Report of the Indian Hemp Drugs Commission, 1894-1895 - Volume II
Year: 1894
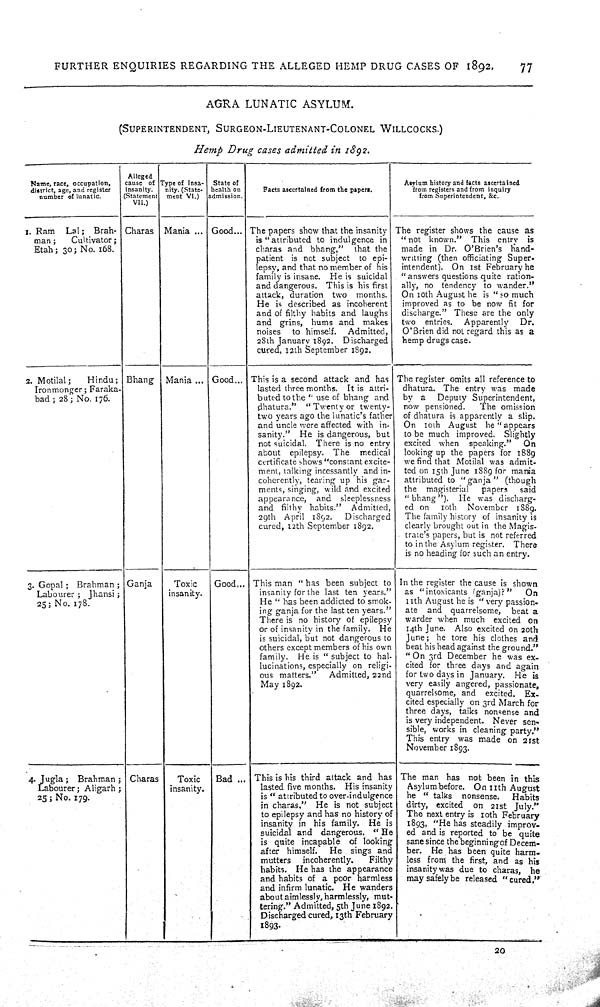
FURTHER ENQUIRIES REGARDING THE ALLEGED HEMP DRUG CASES OF
1892.
77
AGRA
LUNATIC
ASYLUM.
(SUPERINTENDENT,
SURGEON-LIEUTENANT-COLONEL
WILLCOCKS.)
Hemp
Drug
cases
admitted
in
1892.
Name, race, occupation,
district, age, and register
number of lunatic.
Alleged
cause of
insanity.
(Statement
VII.)
Type of insa-
nity. (State-
ment VI.)
State of
health on
admission.
Facts ascertained from the papers.
Asylum history and facts ascertained
from registers and from inquiry
from Superintendent, &c.
1. Ram
Lal;
Brah-
man;
Cultivator;
Etah; 30; No. 168.
Charas
Mania
Good The papers show that the insanity
is "attributed to indulgence in
charas and bhang,"
that the
patient is not subject
to epi-
lepsy, and that no member of his
family is insane.
He is suicidal
and dangerous.
This is his first
attack, duration
two
months.
He is described as incoherent
and of filthy habits and laughs
and grins, hums and
makes
noises
to himself.
Admitted,
28th January 1892.
Discharged
cured, 12th September 1892.
The register shows the cause as
"not
known."
This
entry
is
made in Dr. O'Brien's
hand-
writting (then officiating Super-
intendent). On 1st February he
"answers questions quite ration-
ally, no tendency to wander."
On 10th August he is "so much
improved as to be now fit for
discharge." These are the only
two
entries.
Apparently
Dr.
O'Brien did not regard this as a
hemp drugs case.
2.
Motilal;
Hindu;
Ironmonger; Faraka-
bad; 28; No. 176.
Bhang
Mania ... Good... This is a second attack and has
lasted three months.
It is attri-
buted to the "use of bhang and
dhatura."
"Twenty or twenty-
two years ago the lunatic's father
and uncle were affected with in-
sanity."
He is dangerous, but
not suicidal. There is no entry
about
epilepsy.
The
medical
certificate shows "constant excite-
ment, talking incessantly and in-
coherently, tearing up his gar-
ments, singing, wild and excited
appearance,
and
sleeplessness
and filthy habits."
Admitted,
29th April
1892.
Discharged
cured, 12th September 1892.
The register omits all reference to
dhatura. The entry was
made
by a
Deputy Superintendent,
now pensioned.
The omission
of dhatura is apparently a slip.
On
10th
August
he "appears
to be much improved.
Slightly
excited when
speaking."
On
looking up the papers for
1889
we find that Motilal was admit-
ted on 15th June 1889 for mania
attributed to "ganja"
(though
the
magisterial
papers
said
"bhang").
He was discharg-
ed
on
10th
November
1889.
The family history of insanity is
clearly brought out in the Magis-
trate's papers, but is not referred
to in the Asylum register.
There
is no heading for such an entry.
3. Gopal; Brahman ;
Labourer ; Jhansi;
25; No. 178.
Ganja
Toxic
insanity.
Good... This man " has been subject to
insanity for the last ten years."
He "has been addicted to smok-
ing ganja for the last ten years."
There is no history of epilepsy
or of insanity in the family.
He
is suicidal, but not dangerous to
others except members of his own
family.
He is "subject to hal-
lucinations, especially on religi-
ous matters."
Admitted, 22nd
May 1892.
In the register the cause is shown
as "intoxicants (ganja)?"
On
11th August he is "very passion-
ate
and
quarrelsome,
beat a
warder when much
excited
on
14th June. Also excited on 20th
June; he tore his clothes and
beat his head against the ground."
"On 3rd December he was ex-
cited for three days and again
for two days in January.
He is
very easily angered, passionate,
quarrelsome, and
excited.
Ex-
cited especially on 3rd March for
three days, talks nonsense and
is very independent.
Never sen-
sible, works in cleaning party."
This entry was made on 21st
November 1893.
4. Jugla;
Brahman;
Labourer; Aligarh;
25; No. 179.
Charas
Toxic
insanity.
Bad ... This is his third attack and has
lasted five months.
His insanity
is "attributed to over-indulgence
in charas."
He is not subject
to epilepsy and has no history of
insanity in his family.
He is
suicidal and dangerous.
"He
is quite incapable
of looking
after himself.
He
sings and
mutters
incoherently.
Filthy
habits. He has the appearance
and habits of a poor harmless
and infirm lunatic. He wanders
about aimlessly, harmlessly, mut-
tering." Admitted, 5th June 1892.
Discharged cured, 13th February
1893.
The man has not been in this
Asylum before. On 11th August
he "talks
nonsense.
Habits
dirty, excited
on 21st
July."
The next entry is 10th February
1893, "He has steadily improv-
ed and is reported to be quite
sane since the beginning of Decem-
ber.
He has been quite harm-
less from the first, and as his
insanity was due to charas,
he
may safely be released
"cured."
20